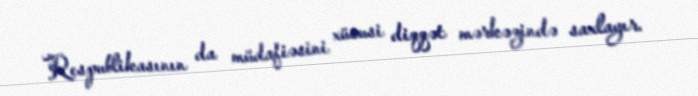
Respublikasının da müdafiəsini xüsusi diqqət mərkəzində saxlayır.